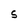
Character: s